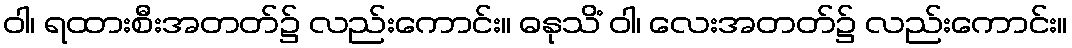
ဝါ၊ ရထားစီးအတတ်၌ လည်းကောင်း။ ဓနုသိံ ဝါ၊ လေးအတတ်၌ လည်းကောင်း။